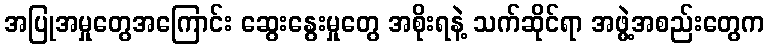
အပြုအမှုတွေအကြောင်း ဆွေးနွေးမှုတွေ အစိုးရနဲ့ သက်ဆိုင်ရာ အဖွဲ့အစည်းတွေက